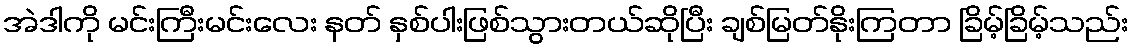
အဲဒါကို မင်းကြီးမင်းလေး နတ် နှစ်ပါးဖြစ်သွားတယ်ဆိုပြီး ချစ်မြတ်နိုးကြတာ ခြိမ့်ခြိမ့်သည်း